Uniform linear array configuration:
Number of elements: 64
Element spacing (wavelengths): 0.75
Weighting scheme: uniform
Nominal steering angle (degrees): -60
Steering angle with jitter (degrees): -59.232
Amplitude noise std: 0.05
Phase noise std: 0.05

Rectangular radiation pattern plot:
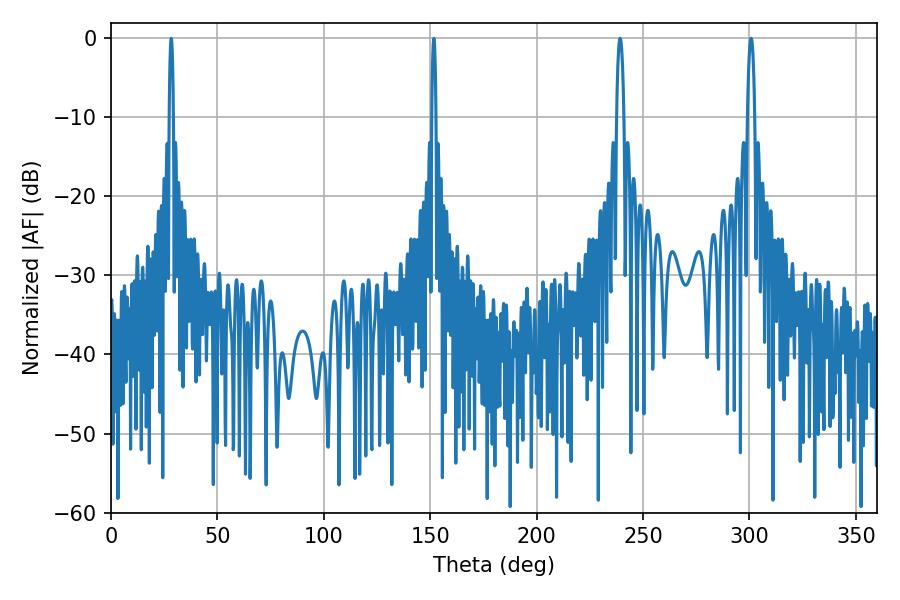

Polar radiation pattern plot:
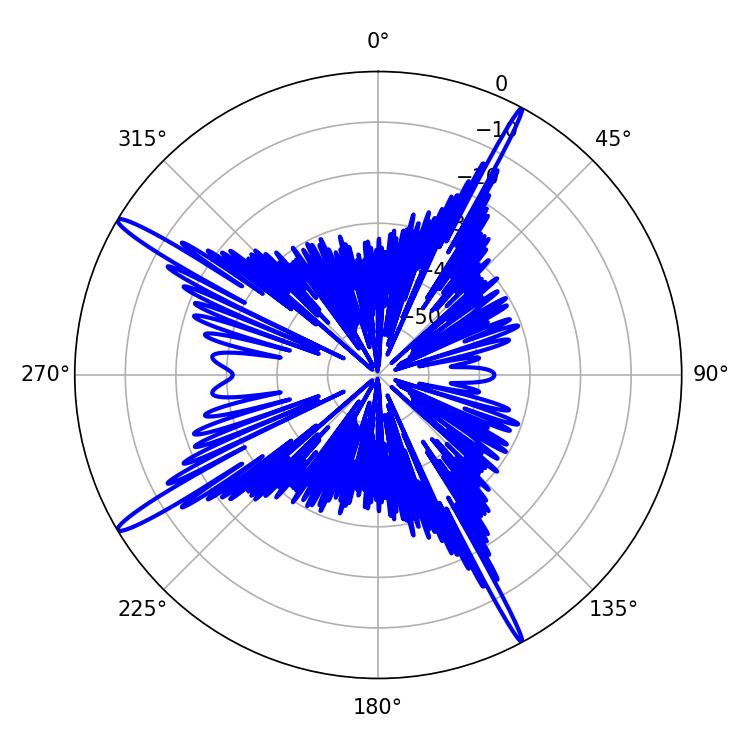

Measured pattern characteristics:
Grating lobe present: TRUE
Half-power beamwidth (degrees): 1.8
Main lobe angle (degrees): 239.22